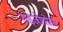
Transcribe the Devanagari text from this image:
राइज़ोपोडा